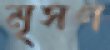
মৃসণ